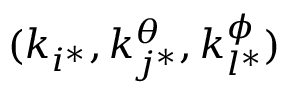
( k _ { i ^ { * } } , k _ { j ^ { * } } ^ { \theta } , k _ { l ^ { * } } ^ { \phi } )